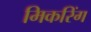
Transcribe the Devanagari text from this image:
मिकरिंग